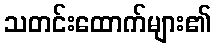
သတင်းထောက်များ၏